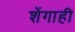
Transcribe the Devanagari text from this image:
शेंगाही